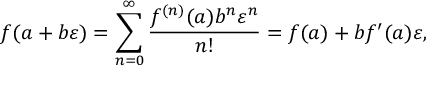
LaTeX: f ( a + b \varepsilon ) = \sum _ { n = 0 } ^ { \infty } { \frac { f ^ { ( n ) } ( a ) b ^ { n } \varepsilon ^ { n } } { n ! } } = f ( a ) + b f ^ { \prime } ( a ) \varepsilon ,